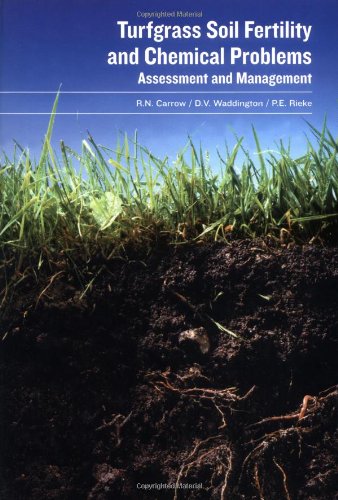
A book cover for Turfgrass Soil Fertility & Chemical Problems: Assessment and Management; R. N. Carrow; Crafts, Hobbies & Home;